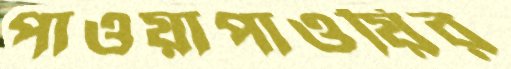
পাওয়াপাওয়ির